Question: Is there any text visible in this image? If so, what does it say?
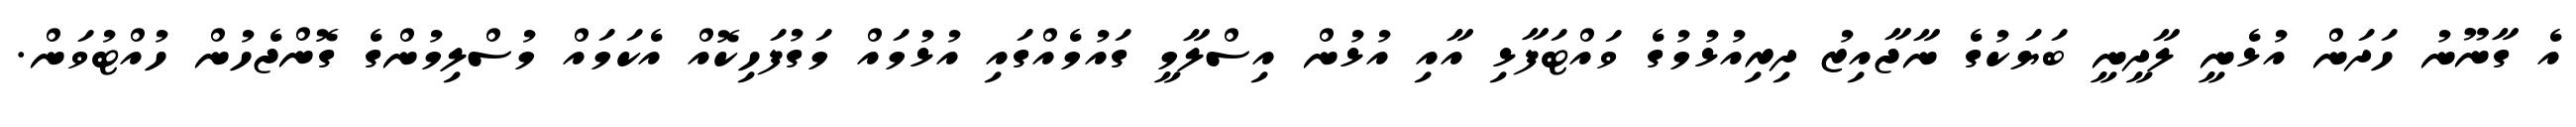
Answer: އެ ގާނޫނު ހަދަން އުޅެނީ ލާދީނީ ބަޔަކުގެ ނާޖާއިޒު ދިރިއުޅުމުގެ ވައްޓަފާޅި އާއި އުޅުން އިސްލާމީ ގައުމެއްގައި އުޅުމައް މަގުފަހިކޮއް އެކަމައް މުސްލިމުންގެ ގޮންޖެހުން ހުއްޓުވަން.